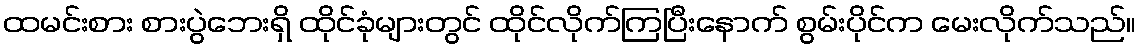
ထမင်းစား စားပွဲဘေးရှိ ထိုင်ခုံများတွင် ထိုင်လိုက်ကြပြီးနောက် စွမ်းပိုင်က မေးလိုက်သည်။